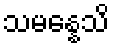
သမန္နေသိ